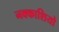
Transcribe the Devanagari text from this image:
नक्‍काशियो